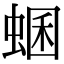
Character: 蜠